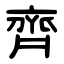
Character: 齊